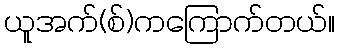
ယူအက်(စ်)ကကြောက်တယ်။